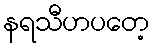
နရသီဟပတေ့